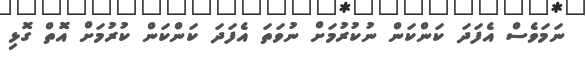
ނަމަވެސް އެފަދަ ކަންކަން ނުކުރުމަށް ނުވަތަ އެފަދަ ކަންކަން ކުރުމަށް އޮތް ގޮޅި